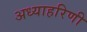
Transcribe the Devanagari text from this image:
अध्याहरिणी